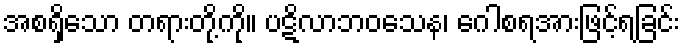
အစရှိသော တရားတို့ကို။ ပဋိလာဘဝသေန၊ ဂေါစရအားဖြင့်ရခြင်း